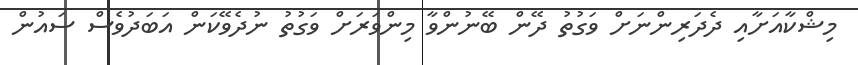
މިޝްކާއަށާއި ދެދަރިންނަށް ވަގުތު ދޭން ބޭނުންވާ މިންވަރަށް ވަގުތު ނުދެވޭކަން އަބަދުވެސް ސައުން